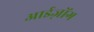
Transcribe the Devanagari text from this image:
आईज़ोंग